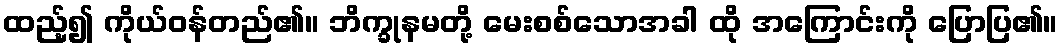
ထည့်၍ ကိုယ်ဝန်တည်၏။ ဘိက္ခုနမတို့ မေးစစ်သောအခါ ထို အကြောင်းကို ပြောပြ၏။